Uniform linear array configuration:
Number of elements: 64
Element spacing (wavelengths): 0.5
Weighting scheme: blackman
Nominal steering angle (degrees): -30
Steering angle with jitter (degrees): -30.58
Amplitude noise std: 0.05
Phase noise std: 0.05

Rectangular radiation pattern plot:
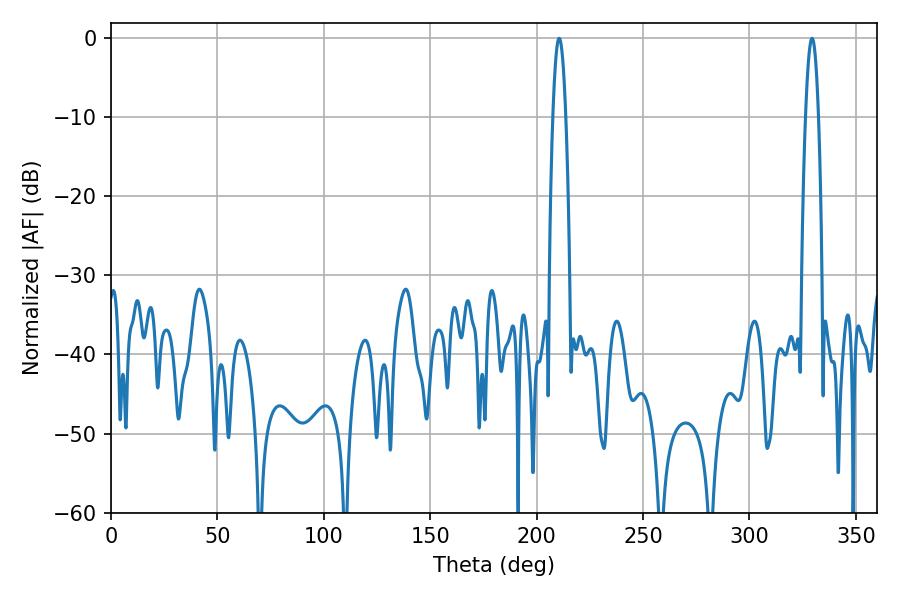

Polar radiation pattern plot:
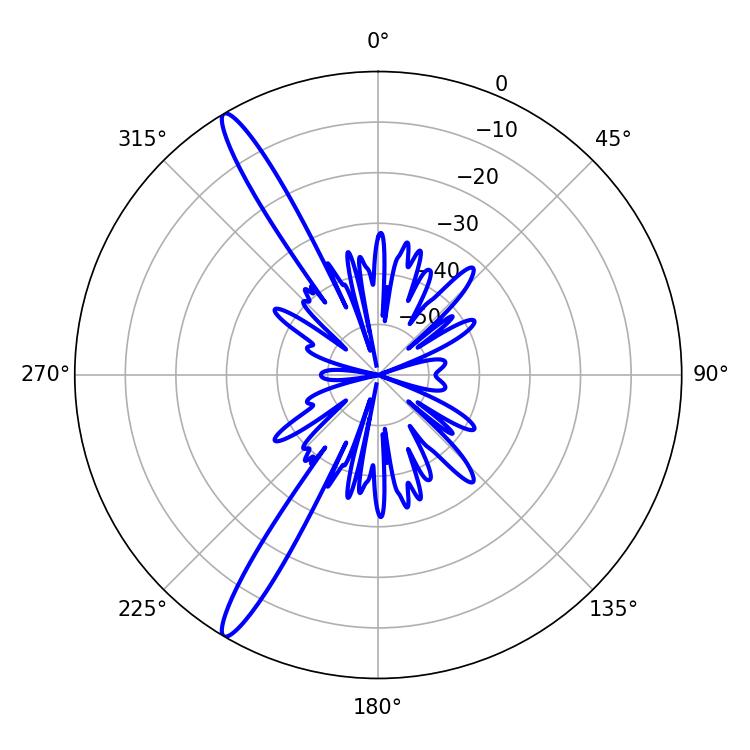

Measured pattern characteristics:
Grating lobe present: FALSE
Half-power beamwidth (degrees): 3.24
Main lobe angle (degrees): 210.6